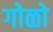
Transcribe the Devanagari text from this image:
गोळो